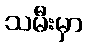
သမီးမှာ